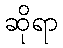
ဆိုရာ